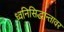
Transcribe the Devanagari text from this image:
ध्वनिसिद्धान्तावर